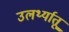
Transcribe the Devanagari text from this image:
उलर्थ्यातू